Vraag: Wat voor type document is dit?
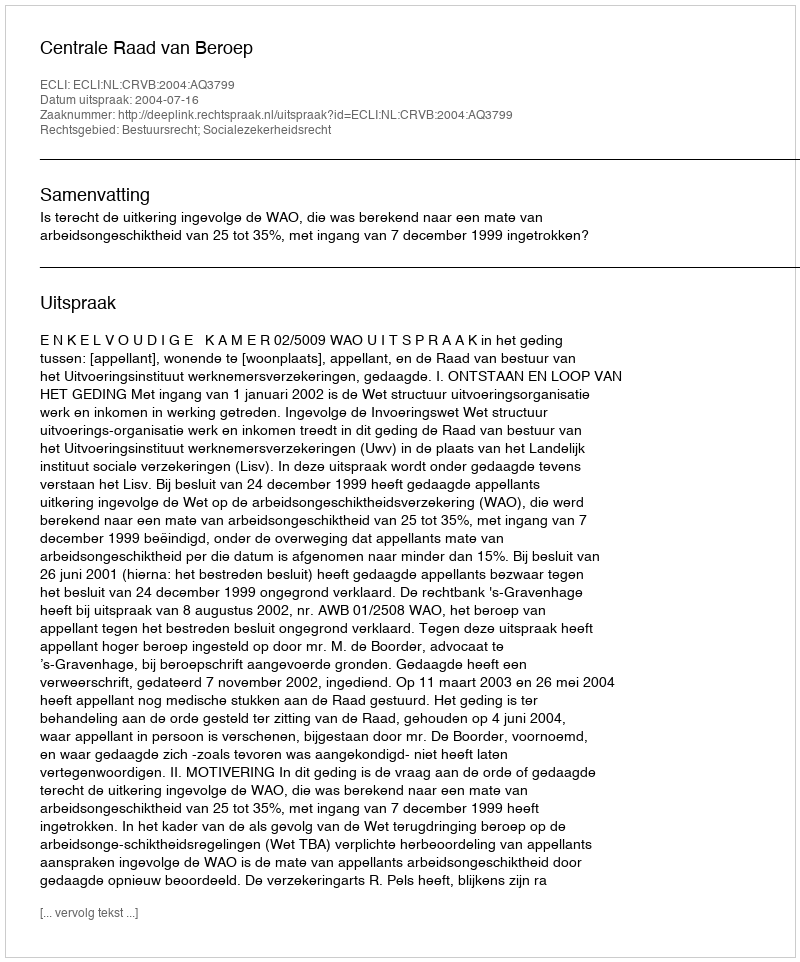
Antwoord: Uitspraak